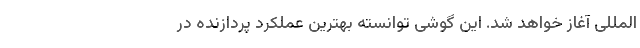
المللی آغاز خواهد شد. این گوشی توانسته بهترین عملکرد پردازنده در